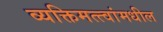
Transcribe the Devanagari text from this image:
व्यक्तिमत्त्वांमधील